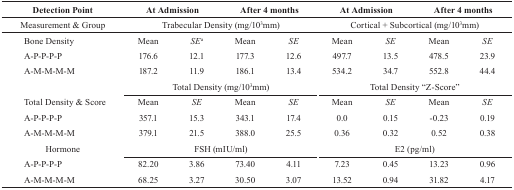
<table><thead><tr><td><b>Detection Point</b></td><td colspan="2"><b>At Admission</b></td><td colspan="2"><b>After 4 months</b></td><td colspan="2"><b>At Admission</b></td><td colspan="2"><b>After 4 months</b></td></tr></thead><tbody><tr><td>Measurement &amp; Group</td><td colspan="4">Trabecular Density (mg/10<sup>3</sup>mm)</td><td colspan="4">Cortical + Subcortical (mg/10<sup>3</sup>mm)</td></tr><tr><td>Bone Density</td><td>Mean</td><td><i>SE</i>a</td><td>Mean</td><td><i>SE</i></td><td>Mean</td><td><i>SE</i></td><td>Mean</td><td><i>SE</i></td></tr><tr><td>A-P-P-P-P</td><td>176.6</td><td>12.1</td><td>177.3</td><td>12.6</td><td>497.7</td><td>13.5</td><td>478.5</td><td>23.9</td></tr><tr><td>A-M-M-M-M</td><td>187.2</td><td>11.9</td><td>186.1</td><td>13.4</td><td>534.2</td><td>34.7</td><td>552.8</td><td>44.4</td></tr><tr><td></td><td colspan="4">Total Density (mg/10<sup>3</sup>mm)</td><td colspan="4">Total Density “Z-Score”</td></tr><tr><td>Total Density &amp; Score</td><td>Mean</td><td><i>SE</i></td><td>Mean</td><td><i>SE</i></td><td>Mean</td><td><i>SE</i></td><td>Mean</td><td><i>SE</i></td></tr><tr><td>A-P-P-P-P</td><td>357.1</td><td>15.3</td><td>343.1</td><td>17.4</td><td>0.0</td><td>0.15</td><td>-0.23</td><td>0.19</td></tr><tr><td>A-M-M-M-M</td><td>379.1</td><td>21.5</td><td>388.0</td><td>25.5</td><td>0.36</td><td>0.32</td><td>0.52</td><td>0.38</td></tr><tr><td>Hormone</td><td colspan="4">FSH (mIU/ml)</td><td colspan="4">E2 (pg/ml)</td></tr><tr><td>A-P-P-P-P</td><td>82.20</td><td>3.86</td><td>73.40</td><td>4.11</td><td>7.23</td><td>0.45</td><td>13.23</td><td>0.96</td></tr><tr><td>A-M-M-M-M</td><td>68.25</td><td>3.27</td><td>30.50</td><td>3.07</td><td>13.52</td><td>0.94</td><td>31.82</td><td>4.17</td></tr></tbody></table>